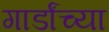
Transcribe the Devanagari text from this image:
गार्डांच्या